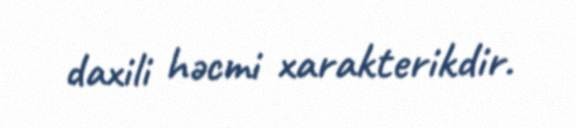
daxili həcmi xarakterikdir.